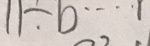
1 1 \div b \cdots 1